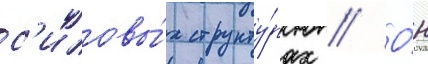
с'иловы́х структу́рах // О́н